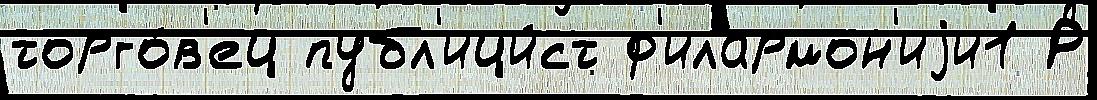
торго́в'ец публ'ици́ст ф'илармон'иjи1 Р